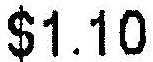
$1.10